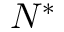
N ^ { * }